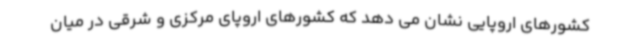
کشورهای اروپایی نشان می دهد که کشورهای اروپای مرکزی و شرقی در میان